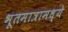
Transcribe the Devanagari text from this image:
भूतमात्रामध्ये